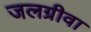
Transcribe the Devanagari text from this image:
जलग्रीवा